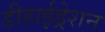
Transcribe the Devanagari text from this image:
डीहाईड्रेशन